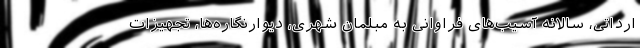
ارداتی، سالانه آسیب‌های فراوانی به مبلمان شهری، دیوارنگاره‌ها، تجهیزات